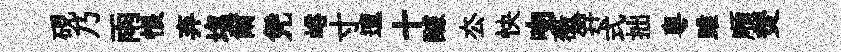
硯乃雨恨弃塩爾凭峪寸邅十醵厺快吻薇笄式拙粤雎順焚